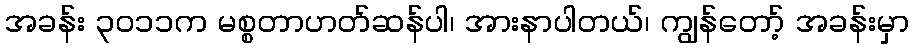
အခန်း ၃၀၁၁က မစ္စတာဟတ်ဆန်ပါ၊ အားနာပါတယ်၊ ကျွန်တော့် အခန်းမှာ